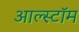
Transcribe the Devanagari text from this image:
आल्स्टॉम